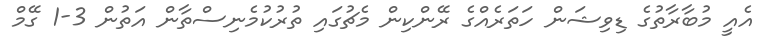
އެއީ މުބާރާތުގެ ޑިވިޝަން ހަތަރެއްގެ ރޭންކިން މެޗުގައި ތުރުކުމެނިސްތާން އަތުން 3-1 ގޭމް